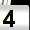
Digit: 4